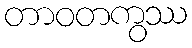
တာဝတကွဿ